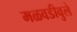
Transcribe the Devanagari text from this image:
मळवडीवुले